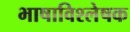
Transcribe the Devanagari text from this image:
भाषाविश्लेषक